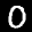
Label: 0